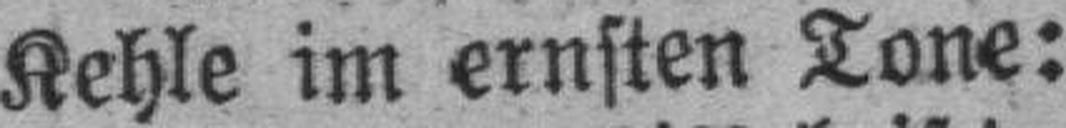
Kehle im ernsten Tone: